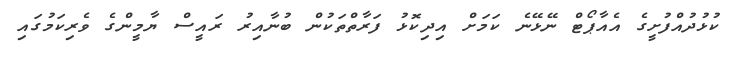
ކުޅުދުއްފުށީގެ އެއާޕޯޓް ނޭޅޭނެ ކަމަށް އިދިކޮޅު ފަރާތްތަކުން ބުނާއިރު ރައީސް ޔާމީންގެ ވެރިކަމުގައި